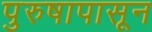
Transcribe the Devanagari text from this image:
पुरुषापासून